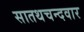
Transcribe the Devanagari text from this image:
सातथचन्दवार